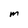
Character: M